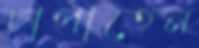
চাপাতেন